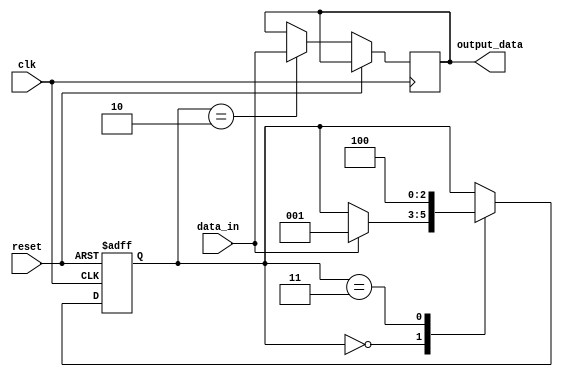
module uart_transmitter (
    input clk,
    input reset,
    input data_in,
    output reg output_data
);

reg [9:0] counter;
reg [2:0] state;

parameter BAUD_RATE = 9600;
parameter CLK_FREQ = 100000000;

always @(posedge clk or posedge reset) begin
    if (reset) begin
        counter <= 0;
        state <= 0;
    end else begin
        case(state)
            0: begin // Idle state
                if (data_in == 1'b1) begin
                    state <= 1; // Start bit
                    counter <= 0;
                end
            end
            1: begin // Start bit
                if (counter == (CLK_FREQ/BAUD_RATE)) begin
                    counter <= 0;
                    state <= 2; // Data transmission
                end
            end
            2: begin // Data transmission
                output_data <= data_in;
                if (counter == (CLK_FREQ/BAUD_RATE)) begin
                    counter <= 0;
                    state <= 3; // Parity generation
                end
            end
            3: begin // Parity generation (optional)
                // parity generation logic here
                counter <= 0;
                state <= 4; // Stop bit
            end
            4: begin // Stop bit
                if (counter == (CLK_FREQ/BAUD_RATE)) begin
                    counter <= 0;
                    state <= 0; // Idle state
                end
            end
        endcase
        counter <= counter + 1;
    end
end

endmodule